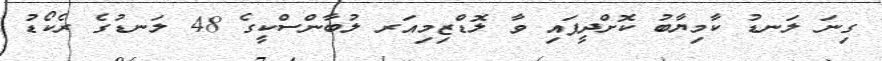
ގިނަ ލަނޑު ކާމިޔާބު ކޮށްދީފައި ވާ ލޮޑްޒިމިއަރ ލުބާންސްކީގެ 48 ލަނޑުގެ ރެކޯޑު